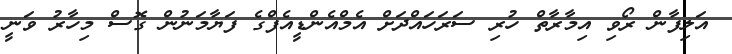
އަލިފާން ރޯވި އިމާރާތް ހުރި ސަރަހައްދަށް އެމްއެންޑީއެފްގެ ފަޔާމަނުން ގޮސް މިހާރު ވަނީ